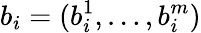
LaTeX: b_{i}=(b_{i}^{1},\ldots,b_{i}^{m})